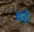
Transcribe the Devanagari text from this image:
ढहे